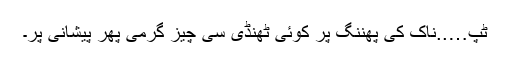
ٹپ…..ناک کی پھننگ پر کوئی ٹھنڈی سی چیز گرمی پھر پیشانی پر۔